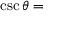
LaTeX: \csc \theta =